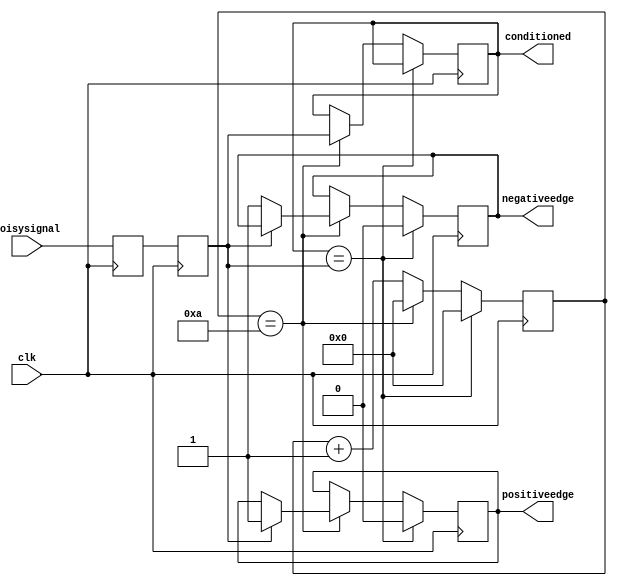
module inputconditioner(clk, noisysignal, conditioned, positiveedge, negativeedge);
output reg conditioned = 0;
output reg positiveedge = 0;
output reg negativeedge = 0;
input clk, noisysignal;
parameter counterwidth = 5;
parameter waittime = 10;
reg[counterwidth-1:0] counter = 0;
reg sync0 = 0;
reg sync1 = 0;
always @(posedge clk) begin
	if (conditioned == sync1) begin
		counter <= 0;
		positiveedge <= 0;
		negativeedge <= 0;
	end else begin 
		if (counter == waittime) begin
			counter <= 0;
			conditioned <= sync1;
			if (sync1 == 1) begin
					positiveedge <= 1;
			end else begin
					negativeedge <= 1;
			end
		end else begin
			counter <= counter + 1;
		end
	end
	sync1 = sync0;
	sync0 = noisysignal;
end
endmodule